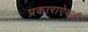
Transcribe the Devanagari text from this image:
प्रकाराऐवजी